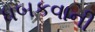
ધબકવાની